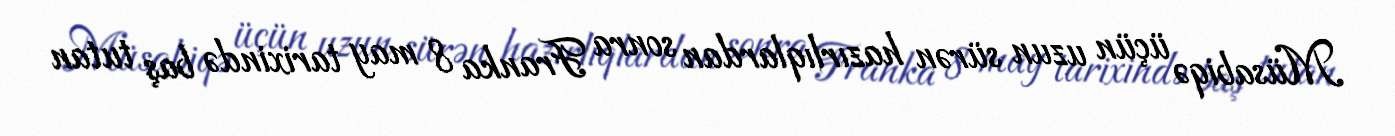
Müsabiqə üçün uzun sürən hazırlıqlardan sonra Franka 8 may tarixində baş tutan